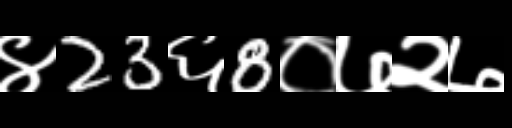
Text: ४23६8०७२७